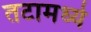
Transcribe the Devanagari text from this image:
तटामध्ये